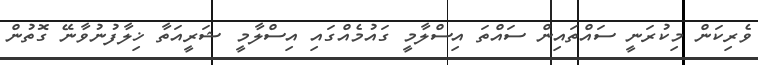
ވެރިކަން މިކުރަނީ ސައްތައިން ސައްތަ އިސްލާމީ ގައުމެއްގައި އިސްލާމީ ޝަރީއަތާ ޚިލާފުނުވާނޭ ގޮތުން